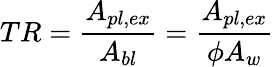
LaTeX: TR=\frac{A_{pl,ex}}{A_{bl}}=\frac{A_{pl,ex}}{\phi A_{w}}